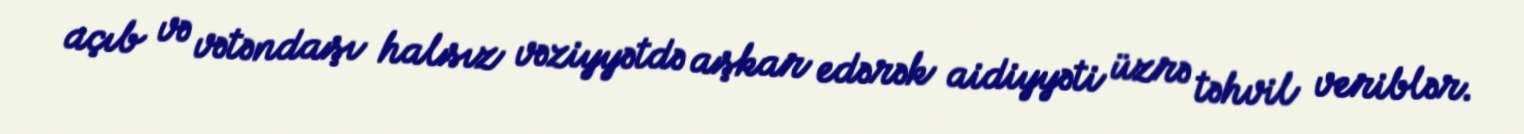
açıb və vətəndaşı halsız vəziyyətdə aşkar edərək aidiyyəti üzrə təhvil veriblər.